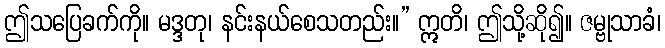
ဤသပြေခက်ကို။ မဒ္ဒတု၊ နင်းနယ်စေသတည်း။” ဣတိ၊ ဤသို့ဆို၍။ ဇမ္ဗုသာခံ၊